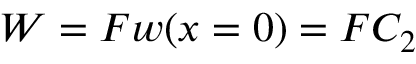
W = F w ( x = 0 ) = F C _ { 2 }